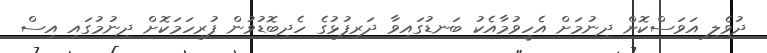
ދުވެލި އަވަސްކޮށް ދިނުމަށް އެހީވުމާއެކު ބަނޑުގައިވާ ދަރިފުޅުގެ ހެދިބޮޑުވުން ފުރިހަމަކޮށް ދިނުމުގައި އިސް